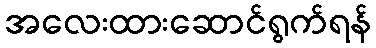
အလေးထားဆောင်ရွက်ရန်